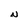
Character: N